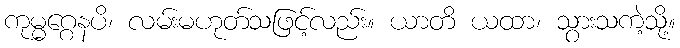
ကုမ္မဂ္ဂေနပိ၊ လမ်းမဟုတ်သဖြင့်လည်း။ ယာတိ ယထာ၊ သွားသကဲ့သို့။